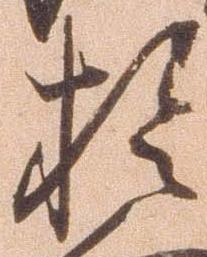
於